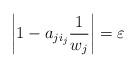
LaTeX: \begin{align*}\left|1-a_{ji_{j}}\dfrac 1{w_j}\right|=\varepsilon\end{align*}